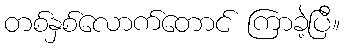
တစ်နှစ်လောက်တောင် ကြာခဲ့ပြီ။